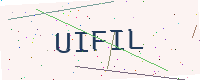
Text: UIFIL